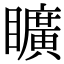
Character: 矌